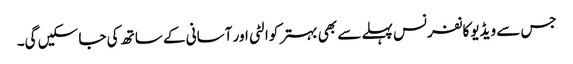
جس سے ویڈیوکانفرنس پہلے سے بھی بہتر کوالٹی اور آسانی کے ساتھ کی جا سکیں گی۔